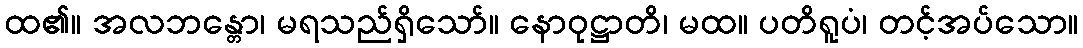
ထ၏။ အလဘန္တော၊ မရသည်ရှိသော်။ နောဝုဋ္ဌာတိ၊ မထ။ ပတိရူပံ၊ တင့်အပ်သော။